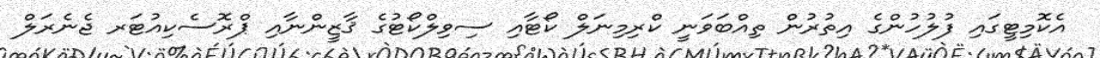
އެކޮމިޓީގައި ފުލުހުންގެ އިތުރުން ތިއްބަވަނީ ކްރިމިނަލް ކޯޓާއި ސިވިލްކޯޓުގެ ޤާޒީންނާއި ޕްރޮސެކިއުޓަރ ޖެނެރަލް